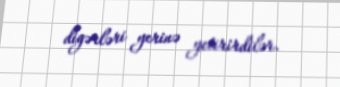
digərləri yerinə yetirirdilər.